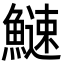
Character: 䲇